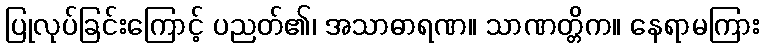
ပြုလုပ်ခြင်းကြောင့် ပညတ်၏၊ အသာဓာရဏ။ သာဏတ္တိက။ နေရာမကြား